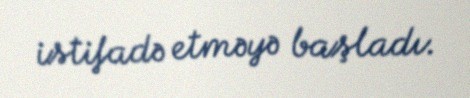
istifadə etməyə başladı.